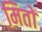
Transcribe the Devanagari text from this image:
मितों